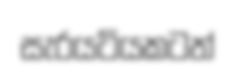
සැරයටියකටත්